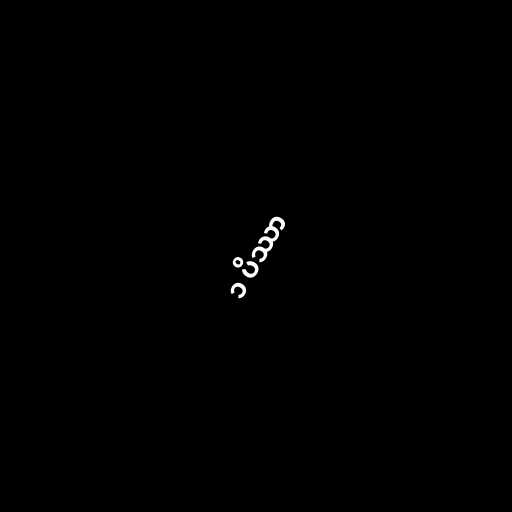
၁ ပိဿာ